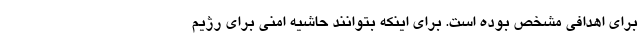
برای اهدافی مشخص بوده است. برای اینکه بتوانند حاشیه امنی برای رژیم